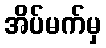
အိပ်မက်မှ